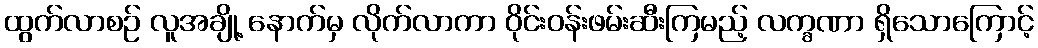
ထွက်လာစဉ် လူအချို့ နောက်မှ လိုက်လာကာ ဝိုင်းဝန်းဖမ်းဆီးကြမည့် လက္ခဏာ ရှိသောကြောင့်